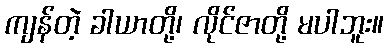
ကျန်တဲ့ ခါယာတို့၊ လိုင်ဇာတို့ မပါဘူး။